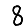
Digit: 8